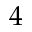
4